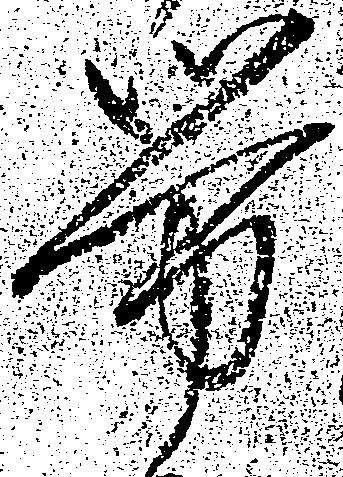
労